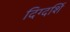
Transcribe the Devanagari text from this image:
दिग्दर्शि